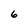
Character: 6